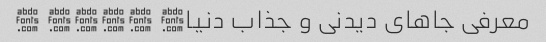
معرفی جاهای دیدنی و جذاب دنیا� �✈⛵� ⛲